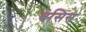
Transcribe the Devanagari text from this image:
बसिस